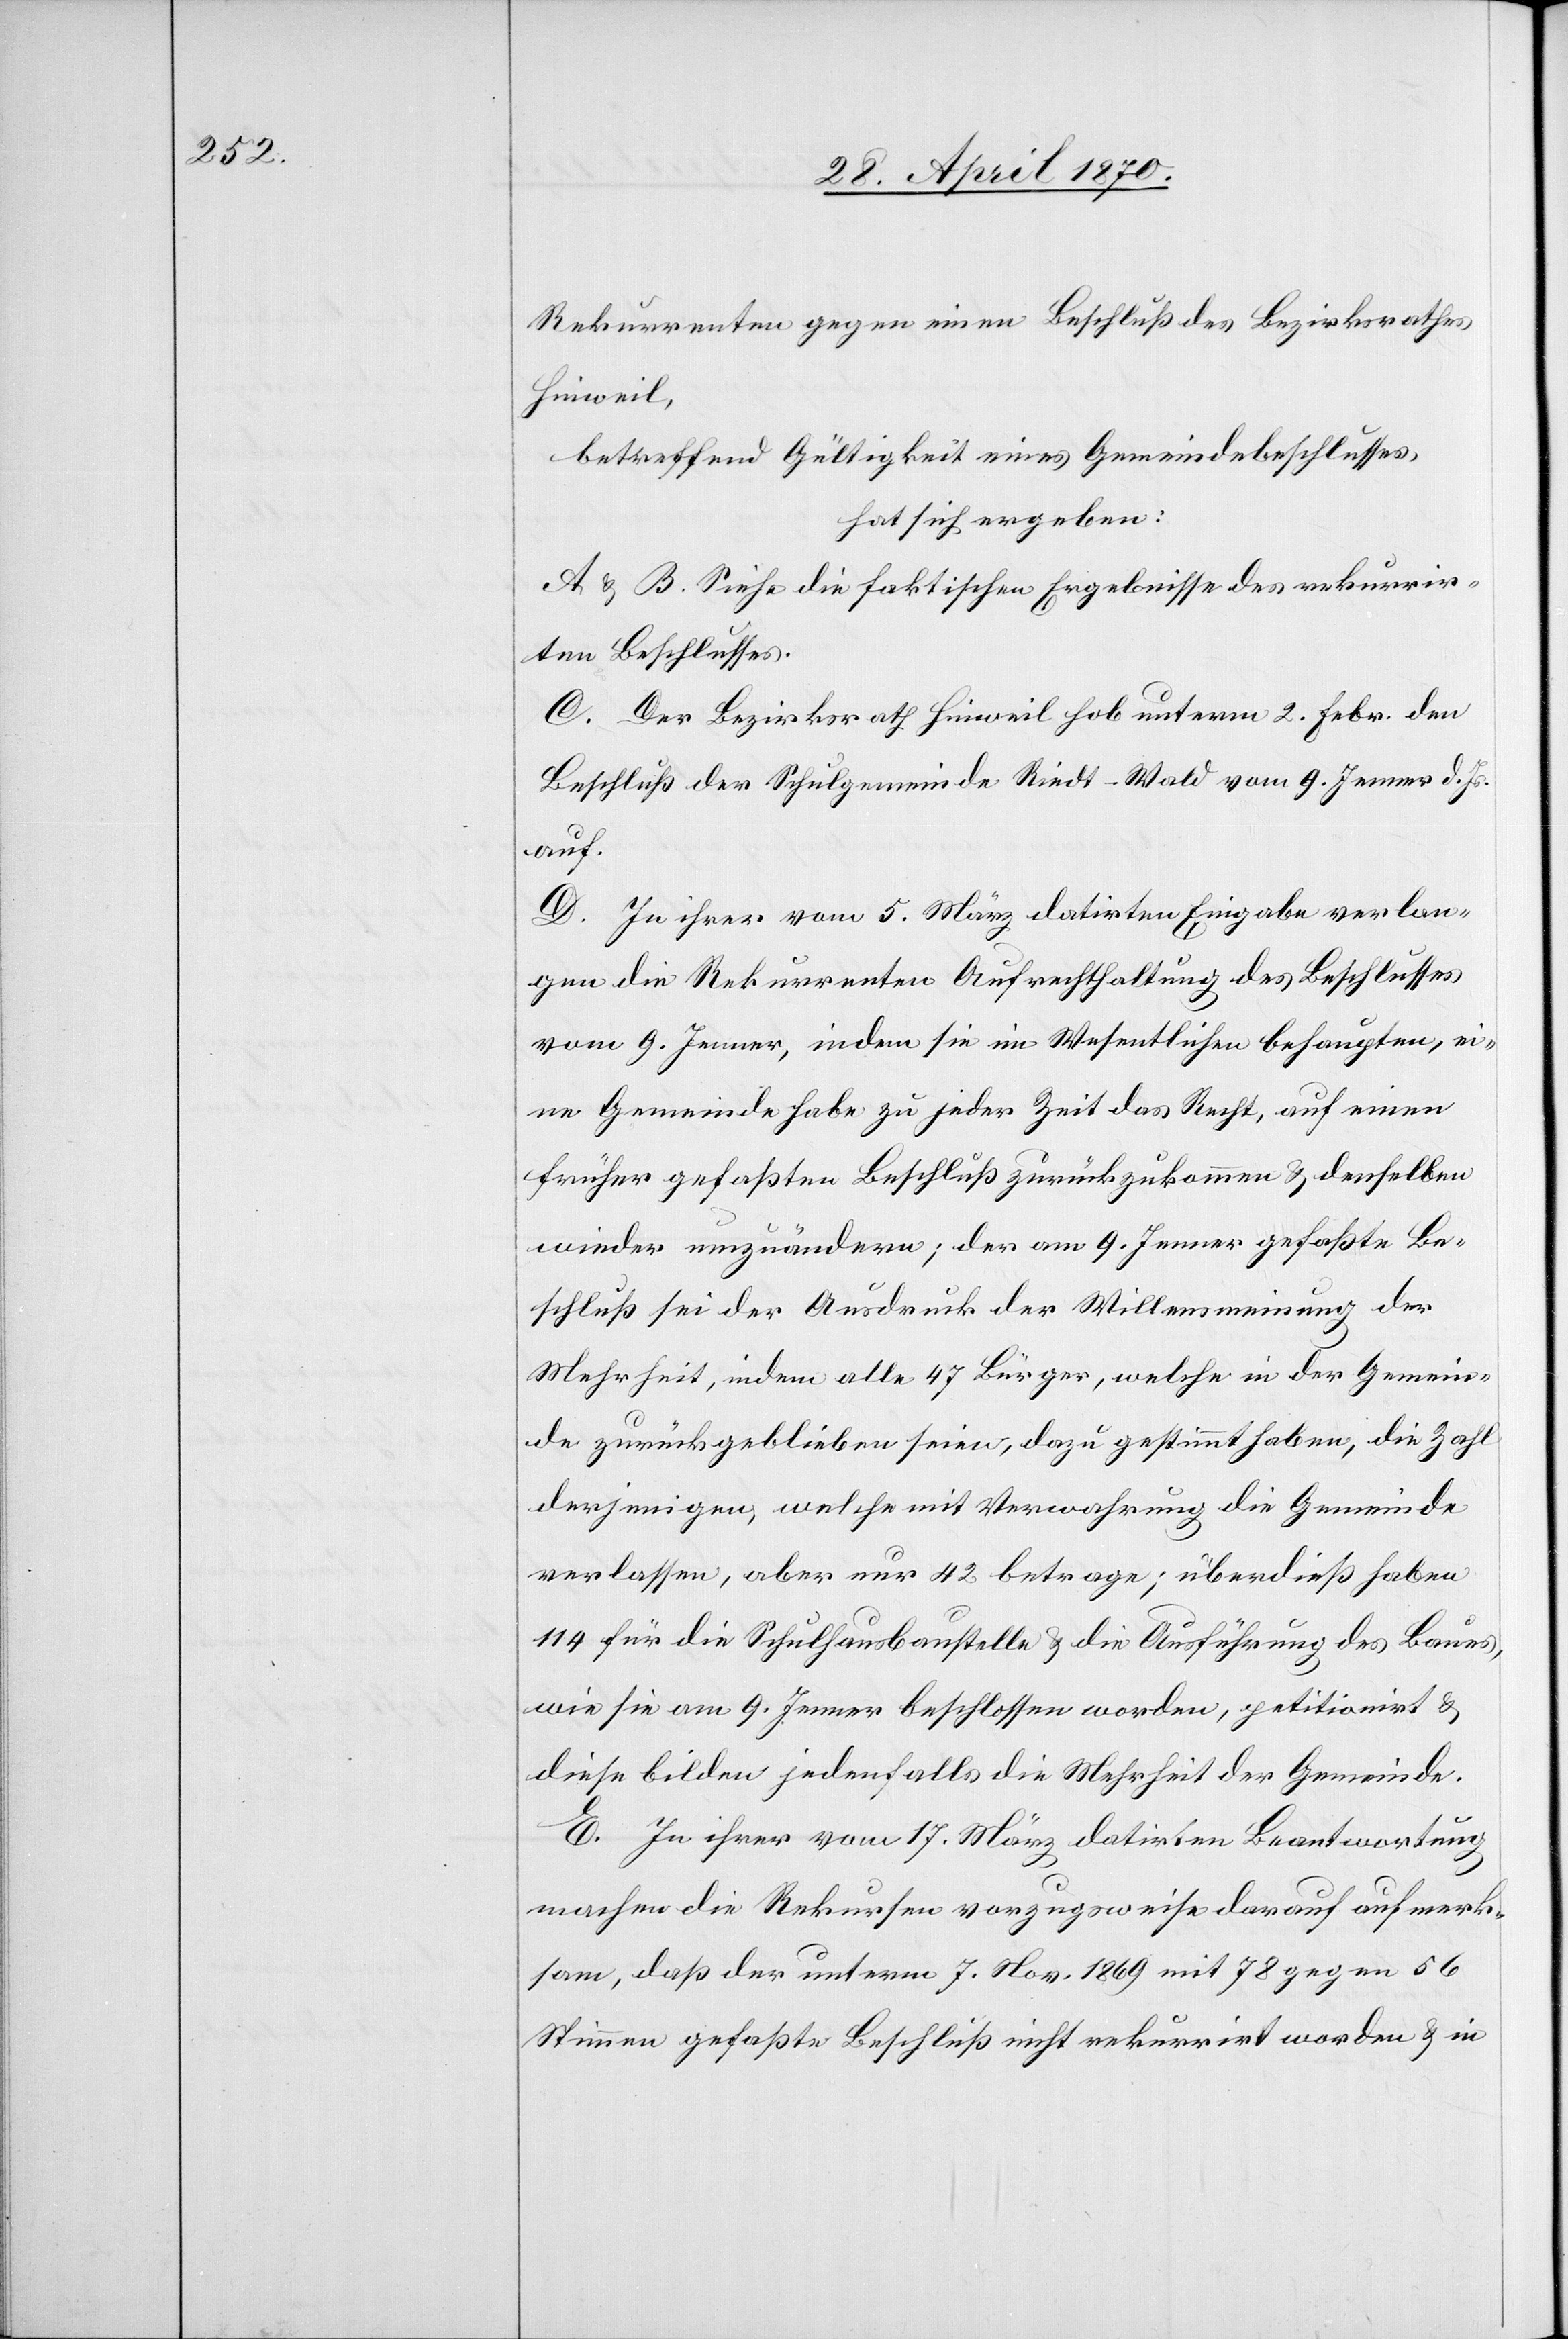
Rekurrenten gegen einen Beschluß des Bezirksrathes
Hinweil,
betreffend Gültigkeit eines Gemeindebeschlusses,
hat sich ergeben:
A & B. Siehe die faktischen Ergebnisse des rekurrir¬
ten Beschlusses.
C. Der Bezirksrath Hinweil hob unterm 2. Febr. den
Beschluß der Schulgemeinde Riedt-Wald vom 9. Jenner d. Js.
auf.
D. In ihrer vom 5. März datirten Eingabe verlan¬
gen die Rekurrenten unter Aufrechthaltung des Beschlusses
vom 9. Jenner, indem sie im Wesentlichen behaupten, ei¬
ne Gemeinde habe zu jeder Zeit das Recht, auf einen
früher gefaßten Beschluß zurückzukommen & denselben
wieder umzuändern; der am 9. Jenner gefaßte Be¬
schluß sei der Ausdruck der Willensmeinung der
Mehrheit, indem alle 47 Bürger, welche in der Gemein¬
de zurückgeblieben seien, dazu gestimmt haben, die Zahl
derjenigen, welche mit Verwahrung die Gemeinde
verlassen, aber nur 42 betrage; überdieß haben
114 für die Schulhausbaustelle & die Ausführung des Baues,
wie sie am 9. Jenner beschlossen worden, petitionirt &
diese bilden jedenfalls die Mehrheit der Gemeinde.
E. In ihrer vom 17. März datirten Beantwortung
machen die Rekursen [sic!] vorzugsweise darauf aufmerk¬
sam, daß der unterm 7. Nov. 1869 mit 78 gegen 56
Stimmen gefaßte Beschluß nicht rekurrirt worden & in